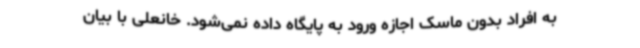
به افراد بدون ماسک اجازه ورود به پایگاه داده نمی‌شود. خانعلی با بیان